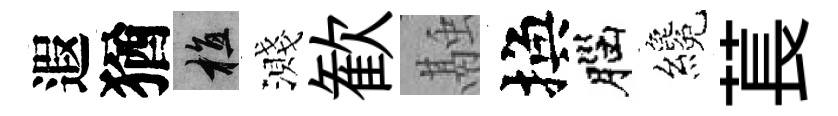
遐猶植濺歓融換腦纔萇